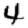
Digit: 4